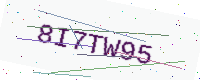
Text: 8I7TW95